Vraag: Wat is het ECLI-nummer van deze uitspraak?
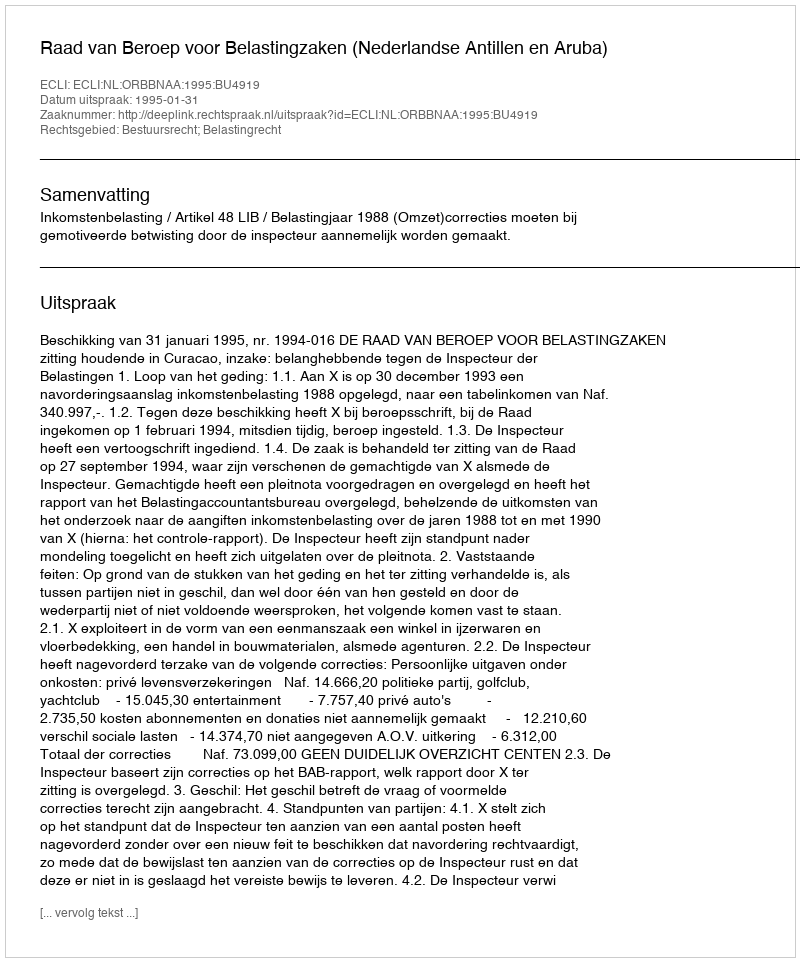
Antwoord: ECLI:NL:ORBBNAA:1995:BU4919